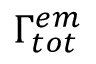
\Gamma _ { t o t } ^ { e m }